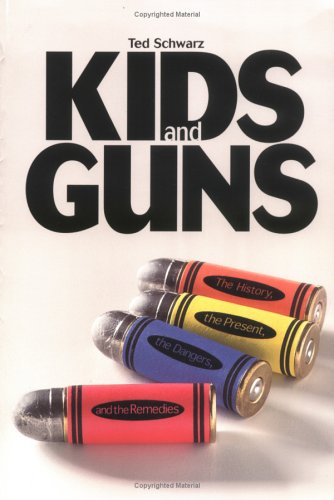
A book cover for Kids and Guns (Single Title Series); Ted Schwarz; Teen & Young Adult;